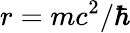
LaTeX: r=mc^{2}/\hbar